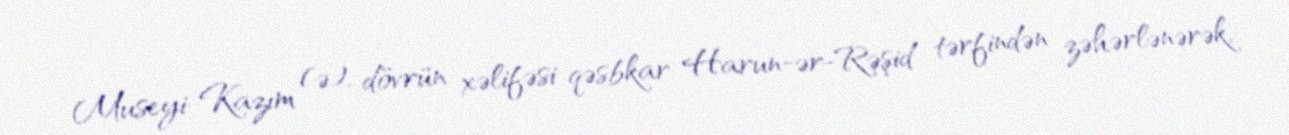
Museyi-Kazım (ə), dövrün xəlifəsi qəsbkar Harun-ər-Rəşid tərfindən zəhərlənərək,